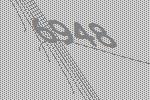
6948